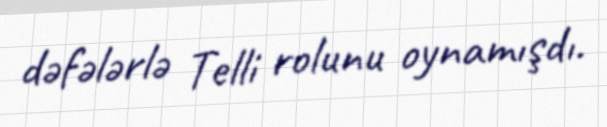
dəfələrlə Telli rolunu oynamışdı.